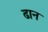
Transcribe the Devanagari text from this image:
ढान